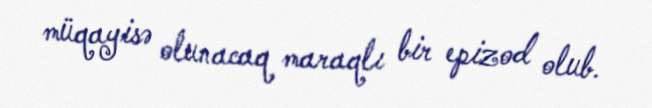
müqayisə olunacaq maraqlı bir epizod olub.